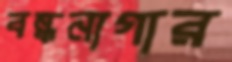
বন্ধনাগার